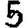
Digit: 5